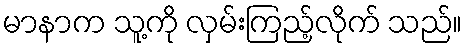
မာနာက သူ့ကို လှမ်းကြည့်လိုက် သည်။